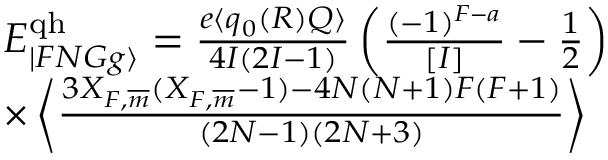
\begin{array} { r l } & { E _ { | F N G g \rangle } ^ { \mathrm { q h } } = \frac { e \langle q _ { 0 } ( R ) Q \rangle } { 4 I ( 2 I - 1 ) } \left( \frac { ( - 1 ) ^ { F - a } } { [ I ] } - \frac { 1 } { 2 } \right) } \\ & { \times \left\langle \frac { 3 X _ { F , \overline { { m } } } ( X _ { F , \overline { { m } } } - 1 ) - 4 N ( N + 1 ) F ( F + 1 ) } { ( 2 N - 1 ) ( 2 N + 3 ) } \right\rangle } \end{array}